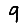
Digit: 9